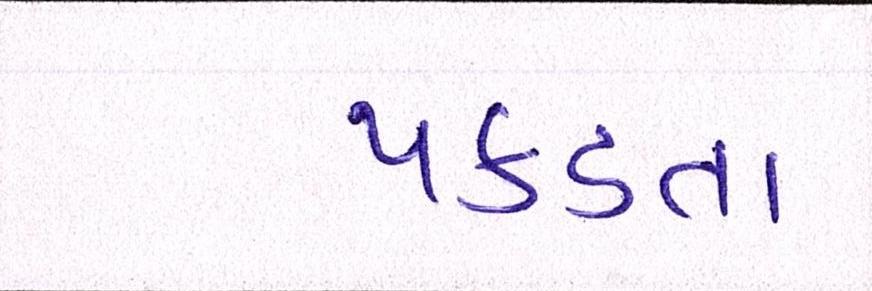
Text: પકડતા